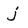
Character: j